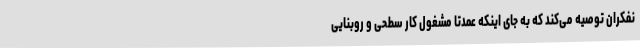
نفکران توصیه می‌کند که به جای اینکه عمدتاً مشغول کار سطحی و روبناییِ